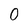
Character: 0